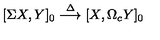
[ \Sigma X , Y ] _ { 0 } \stackrel { \Delta } { \longrightarrow } [ X , \Omega _ { c } Y ] _ { 0 }